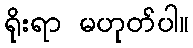
ရိုးရာ မဟုတ်ပါ။